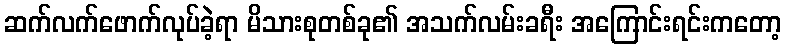
ဆက်လက်ဖောက်လုပ်ခဲ့ရာ မိသားစုတစ်ခု၏ အသက်လမ်းခရီး အကြောင်းရင်းကတော့